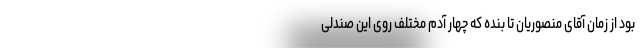
بود از زمان آقای منصوریان تا بنده که چهار آدم مختلف روی این صندلی